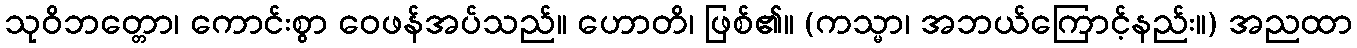
သုဝိဘတ္တော၊ ကောင်းစွာ ဝေဖန်အပ်သည်။ ဟောတိ၊ ဖြစ်၏။ (ကသ္မာ၊ အဘယ်ကြောင့်နည်း။) အညထာ